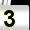
Digit: 3